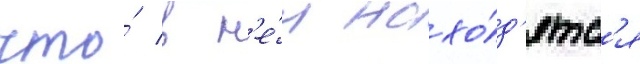
что́ в н'е́м нахо́д'ятс'я